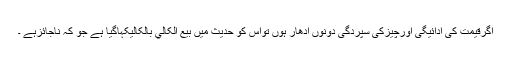
اگرقیمت کی ادائیگی اورچیزکی سپردگی دونوں اُدھار ہوں تواس کو حدیث میں بَیْعُ الْکَالِيْ بِالْکَالِيْکہاگیا ہے جو کہ ناجائزہے ۔